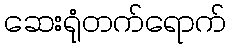
ဆေးရုံတက်ရောက်